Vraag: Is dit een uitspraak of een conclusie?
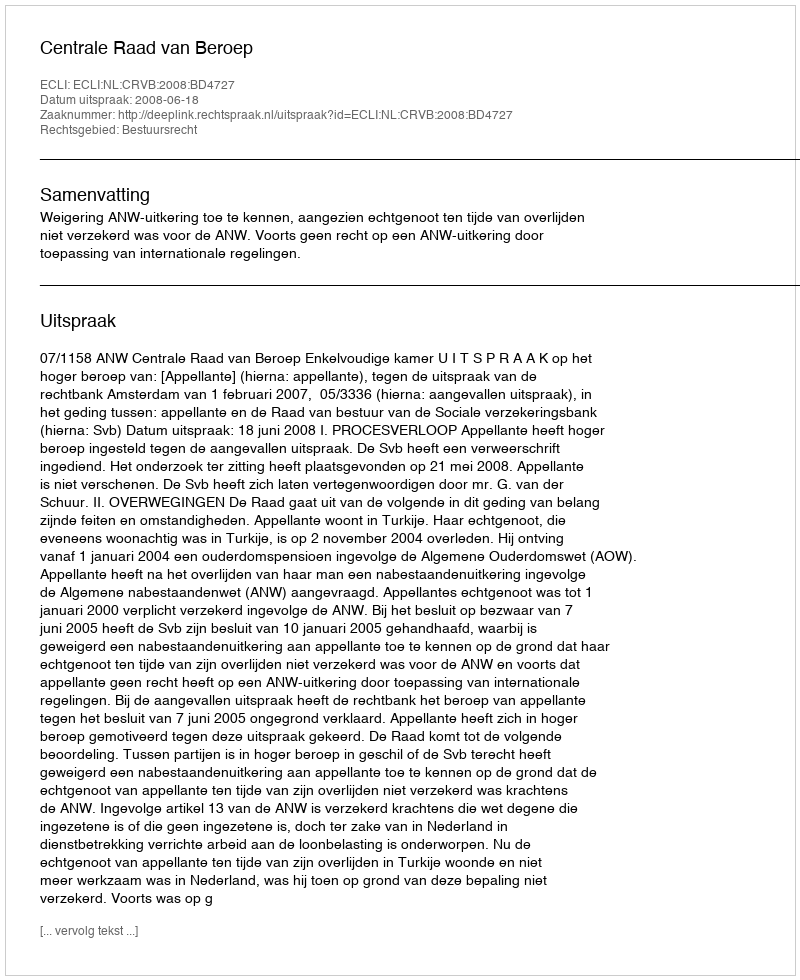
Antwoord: Uitspraak